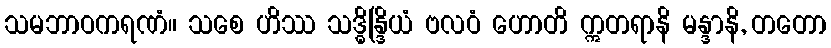
သမဘာဝကရဏံ။ သစေ ဟိဿ သဒ္ဓိန္ဒြိယံ ဗလဝံ ဟောတိ ဣတရာနိ မန္ဒာနိ, တတော